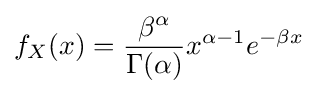
f_{X}(x)={\frac {\beta ^{\alpha }}{\Gamma (\alpha )}}x^{\alpha -1}e^{-\beta x}